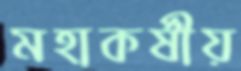
মহাকর্ষীয়